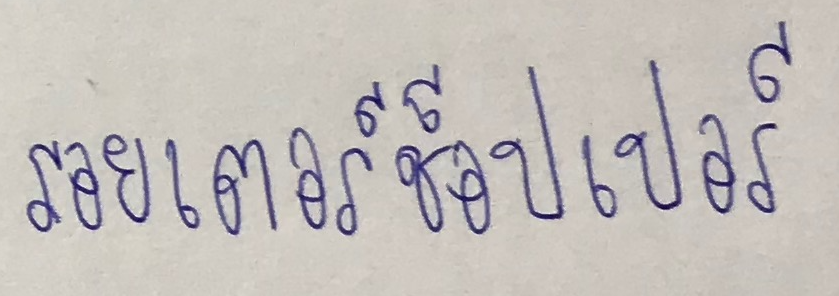
รอยเตอร์ช็อปเปอร์